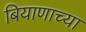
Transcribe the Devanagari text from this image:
बियाणाच्या